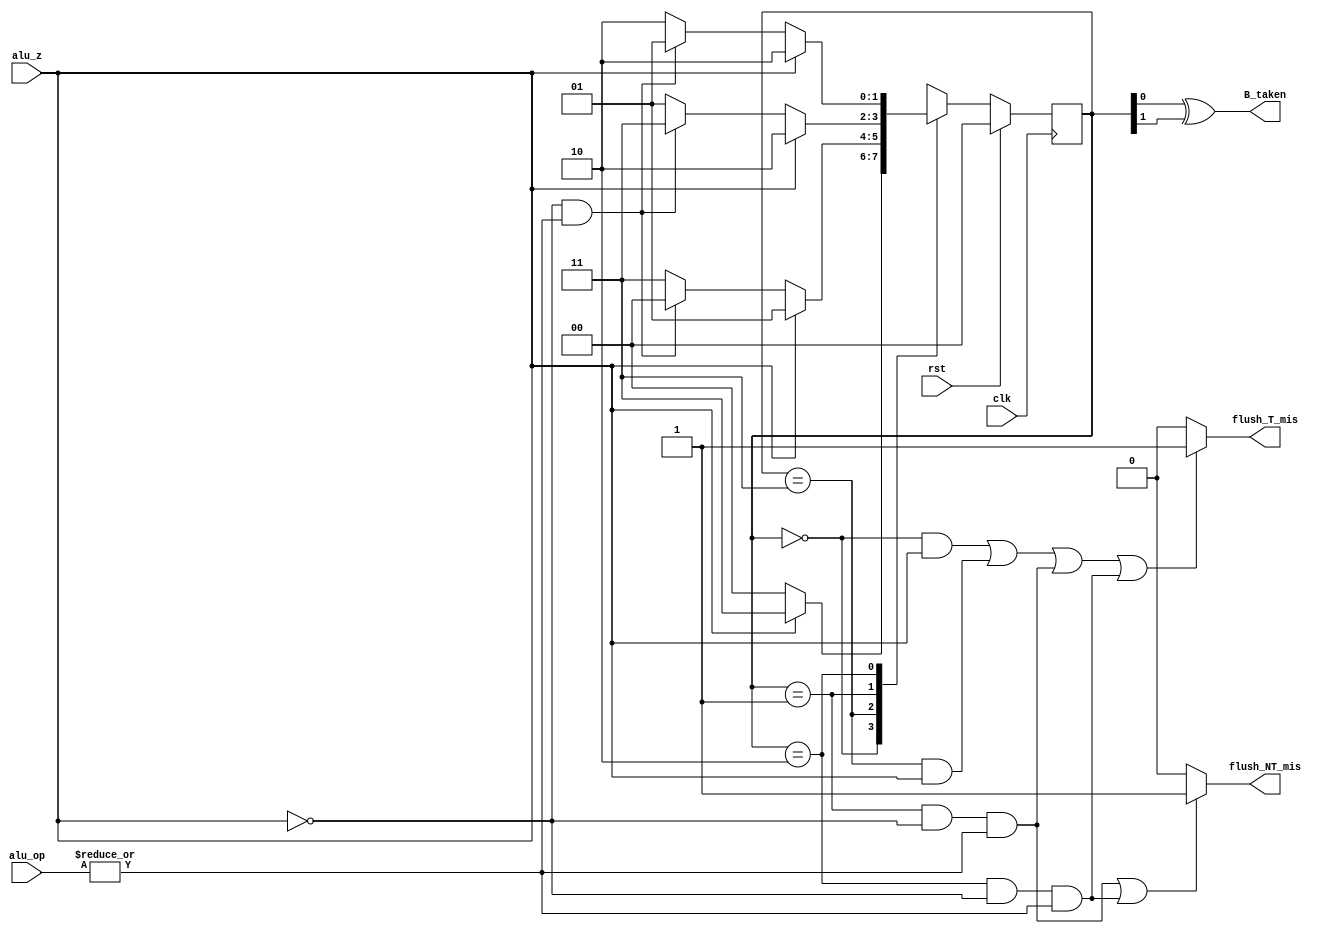
`timescale 1ns / 1ps
//////////////////////////////////////////////////////////////////////////////////
// Company: 
// Engineer: 
// 
// Design Name: 
// Module Name:    branchprediction 
// Project Name: 
// Target Devices: 
// Tool versions: 
// Description: 
//
// Dependencies: 
//
// Revision: 
// Revision 0.01 - File Created
// Additional Comments: 
//
//////////////////////////////////////////////////////////////////////////////////
module branchprediction(
	input [3:0] alu_op,
    input alu_z,
    input rst,
    input clk,
    output B_taken,
	output flush_T_mis,
	output flush_NT_mis
    );

parameter strong_NT=2'b00, weak_NT=2'b11, weak_T=2'b01, strong_T=2'b10;
reg [1:0] state,nextstate;

//moore state machine for B_taken and mealy for flushes:
always @(posedge clk)
if(rst)  state<=2'b00;
else     state<=nextstate;

//|(alu_op) means instrution is beq @ exe stage
always @(*)
case(state)
strong_NT: if(alu_z) nextstate<=weak_NT;
           else      nextstate<=strong_NT;
weak_NT:   begin if(alu_z) nextstate<=weak_T;
		   else if ((!alu_z) && (|alu_op)) nextstate<=strong_NT;
		   else      nextstate<=weak_NT;end
weak_T:    begin if(alu_z) nextstate<=strong_T;
		   else if ((!alu_z) && (|alu_op)) nextstate<=weak_NT;
		   else      nextstate<=weak_T;end
strong_T:  begin if(alu_z) nextstate<=strong_T;
		   else if ((!alu_z) && (|alu_op)) nextstate<=weak_T;
		   else      nextstate<=strong_T;end
endcase

//output logic:
assign   B_taken=state[0]^state[1];
assign   flush_T_mis=(((state==strong_NT && (alu_z)))||(state==weak_NT && (alu_z))||(state==weak_T && (!alu_z) && (|alu_op))||(state==strong_T && (!alu_z) && (|alu_op)))?1'b1:1'b0;
assign   flush_NT_mis=((state==weak_T && (!alu_z) && (|alu_op))||(state==strong_T && (!alu_z) && (|alu_op)))?1'b1:1'b0;
endmodule